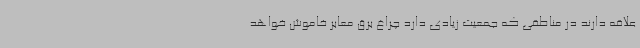
علاقه دارند در مناطقی که جمعیت زیادی دارد چراغ برق معابر خاموش خواهد